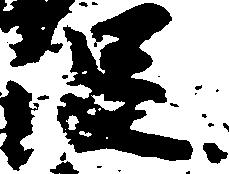
促